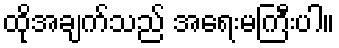
ထိုအချက်သည် အရေးမကြီးပါ။